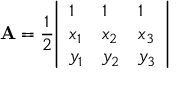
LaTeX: \mathbf { A } = { \frac { 1 } { 2 } } { \left| \begin{array} { l l l } { 1 } & { 1 } & { 1 } \\ { x _ { 1 } } & { x _ { 2 } } & { x _ { 3 } } \\ { y _ { 1 } } & { y _ { 2 } } & { y _ { 3 } } \end{array} \right| }